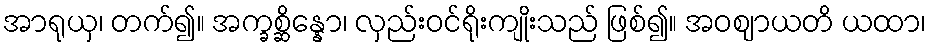
အာရုယှ၊ တက်၍။ အက္ခစ္ဆိန္နော၊ လှည်းဝင်ရိုးကျိုးသည် ဖြစ်၍။ အဝဈာယတိ ယထာ၊